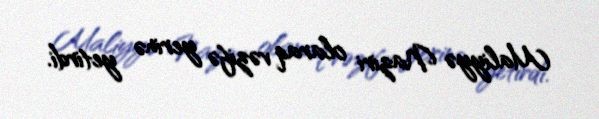
Maliyyə Naziri olaraq vəzifə yerinə yetirdi.